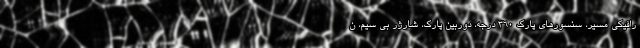
رافیکی مسیر، سنسورهای پارک 360 درجه، دوربین پارک، شارژر بی سیم، ن